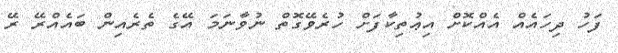
ފަހު ދިހައެއް އެއްކޮށް އިޢުތިކާފަށް ހުރެވޭގޮތް ނުވާނަމަ އޭގެ ތެރެއިން ބައެއްރޭ ރޭ